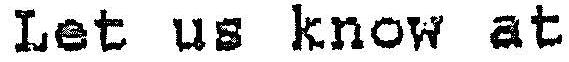
LET US KNOW AT